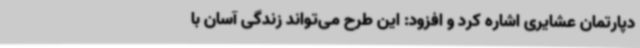
دپارتمان عشایری اشاره کرد و افزود: این طرح می‌تواند زندگی آسان با